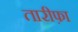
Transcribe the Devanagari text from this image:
तारीफ़ा